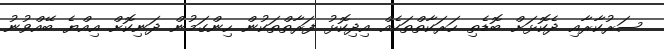
ސަރުކާރާއި ދެކޮޅަށް ބޮޑެތި ހަރަކާތްތަކެއް އިދިކޮޅު ފަރާތްތަކުން ހިންގަމުން ދަނިކޮށް އިއްޔެ ބޭއްވުުނު